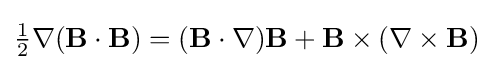
{\tfrac {1}{2}}\nabla (\mathbf {B} \cdot \mathbf {B} )=(\mathbf {B} \cdot \nabla )\mathbf {B} +\mathbf {B} \times (\nabla \times \mathbf {B} )